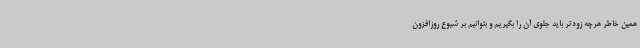
همین خاطر هرچه زودتر باید جلوی آن را بگیریم و بتوانیم بر شیوع روزافزون